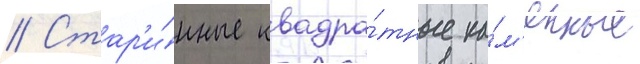
// Стар'и́нные квадра́тные ка́м'енные